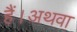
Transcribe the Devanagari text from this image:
हैं।अथवा